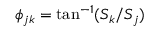
\phi _ { j k } = \tan ^ { - 1 } ( S _ { k } / S _ { j } )